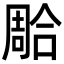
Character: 𭊐